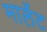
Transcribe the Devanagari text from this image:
मार्लेट